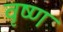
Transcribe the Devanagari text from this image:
वृष्ण